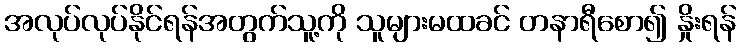
အလုပ်လုပ်နိုင်ရန်အတွက်သူ့ကို သူများမထခင် တနာရီစော၍ နှိုးရန်